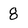
Character: 8